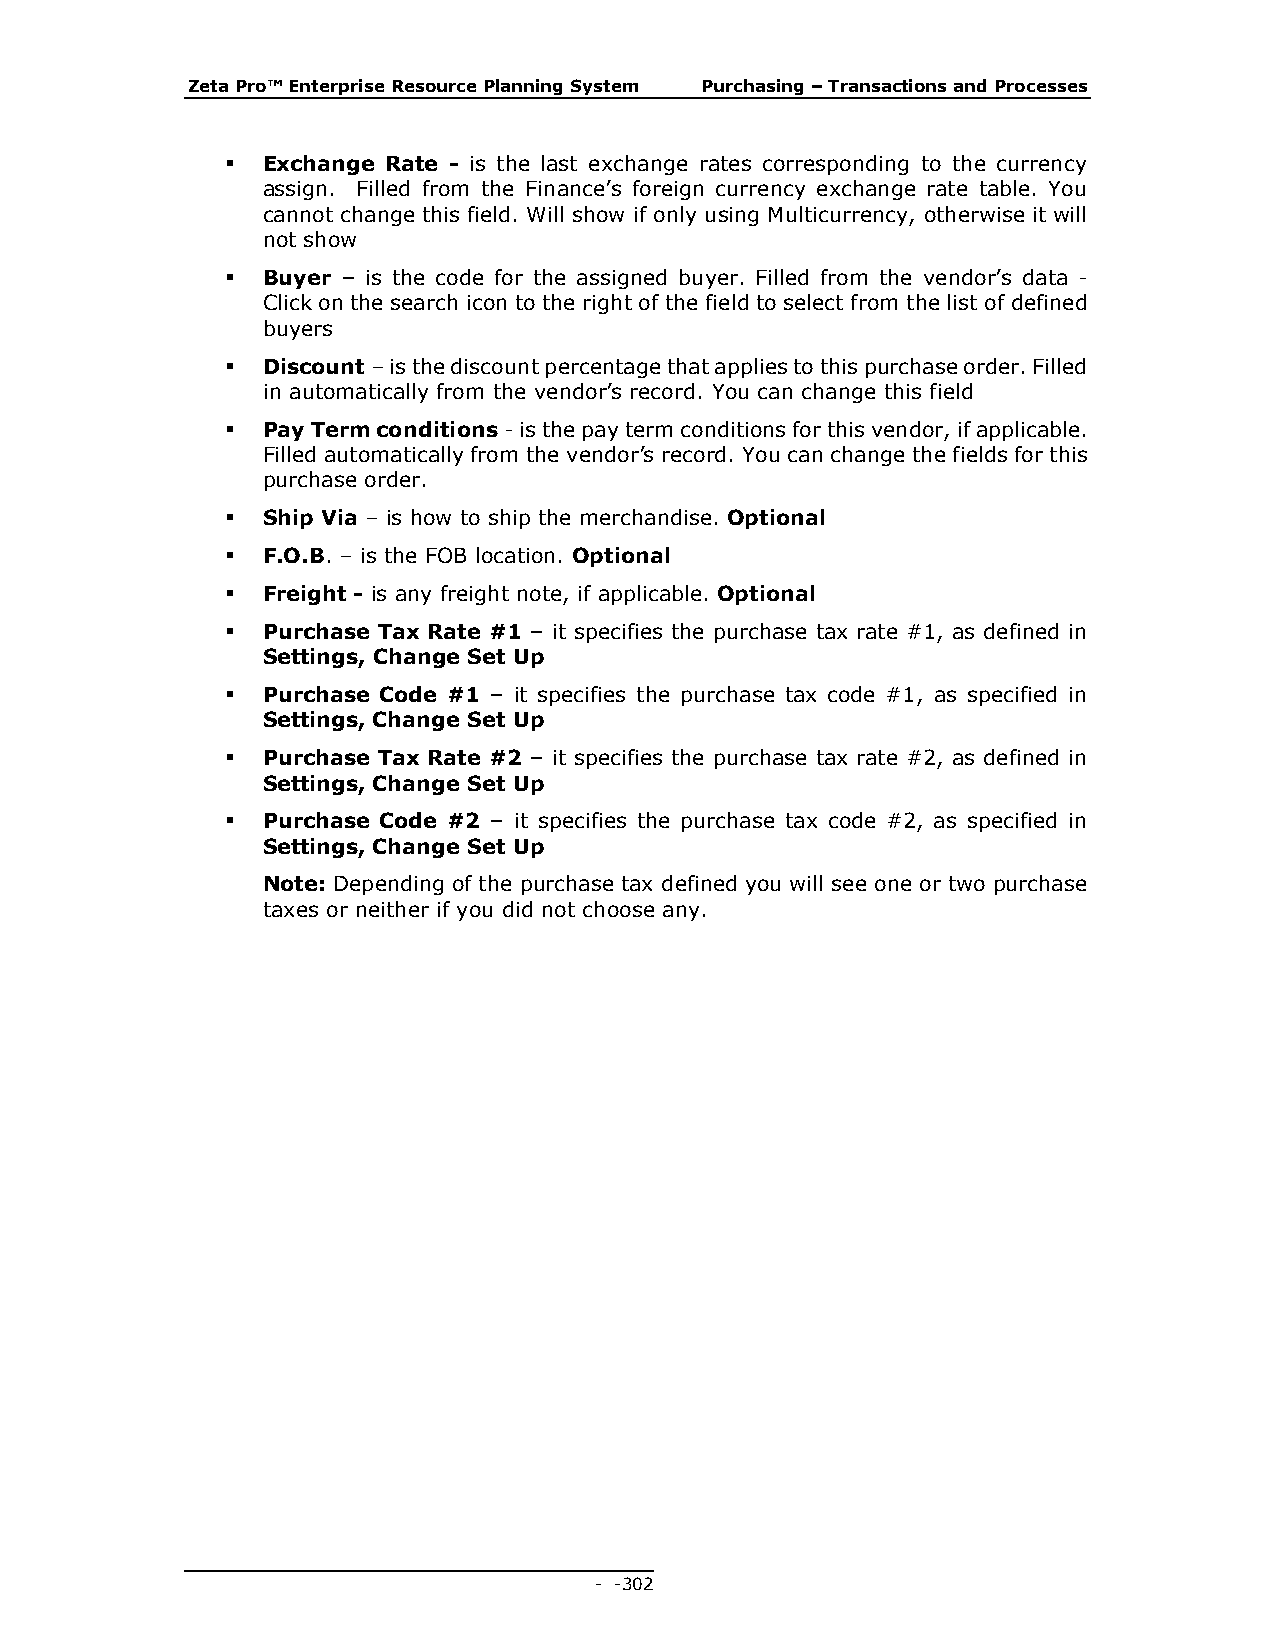
Zeta Pro™ Enterprise Resource Planning System Purchasing – Transactions and Processes
  Exchange Rate - is the last exchange rates corresponding to the currency
 assign. Filled from the Finance’s foreign currency exchange rate table. You
 cannot change this field. Will show if only using Multicurrency, otherwise it will
 not show
  Buyer – is the code for the assigned buyer. Filled from the vendor’s data -
 Click on the search icon to the right of the field to select from the list of defined
 buyers
  Discount – is the discount percentage that applies to this purchase order. Filled
 in automatically from the vendor’s record. You can change this field
  Pay Term conditions - is the pay term conditions for this vendor, if applicable.
 Filled automatically from the vendor’s record. You can change the fields for this
 purchase order.
  Ship Via – is how to ship the merchandise. Optional
  F.O.B. – is the FOB location. Optional
  Freight - is any freight note, if applicable. Optional
  Purchase Tax Rate #1 – it specifies the purchase tax rate #1, as defined in
 Settings, Change Set Up
  Purchase Code #1 – it specifies the purchase tax code #1, as specified in
 Settings, Change Set Up
  Purchase Tax Rate #2 – it specifies the purchase tax rate #2, as defined in
 Settings, Change Set Up
  Purchase Code #2 – it specifies the purchase tax code #2, as specified in
 Settings, Change Set Up
 Note: Depending of the purchase tax defined you will see one or two purchase
 taxes or neither if you did not choose any.
 - - 302